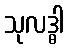
သုလဒ္ဓါ